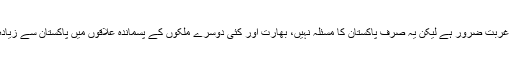
پاکستان میں غربت ضرور ہے لیکن یہ صرف پاکستان کا مسئلہ نہیں، بھارت اور کئی دوسرے ملکوں کے پسماندہ علاقوں میں پاکستان سے زیادہ غربت ہے۔